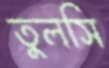
তুলসি